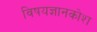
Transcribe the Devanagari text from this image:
विषयज्ञानकोश